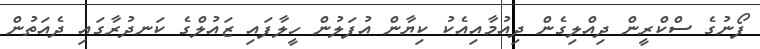
ފޯނުގެ ސްކްރީން ދިއްލިގެން ދިއުމާއިއެކު ކިޔާން އުފަލުން ހީލާފައި ޒައުލްގެ ކަނދުރާގައި ދެއަތުން